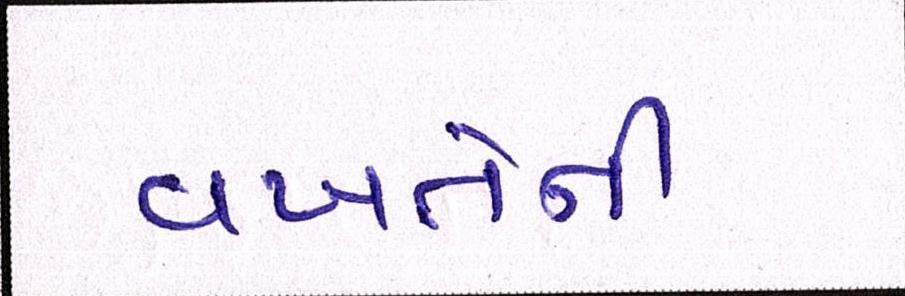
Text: વખતેની